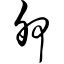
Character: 卵